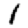
Digit: 1